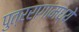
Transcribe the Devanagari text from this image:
पुत्ररागांमध्ये